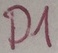
Text: D1